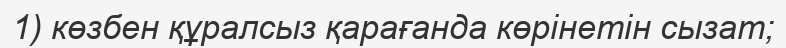
1) көзбен құралсыз қарағанда көрінетін сызат;